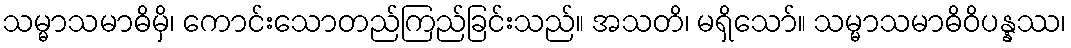
သမ္မာသမာဓိမှိ၊ ကောင်းသောတည်ကြည်ခြင်းသည်။ အသတိ၊ မရှိသော်။ သမ္မာသမာဓိဝိပန္နဿ၊